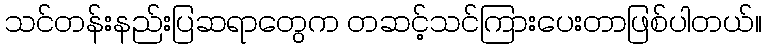
သင်တန်းနည်းပြဆရာတွေက တဆင့်သင်ကြားပေးတာဖြစ်ပါတယ်။